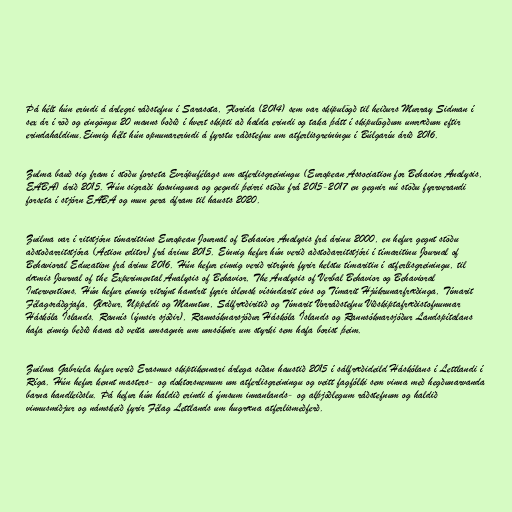
Þá hélt hún erindi á árlegri ráðstefnu í Sarasota, Florida (2014) sem var skipulögð til heiðurs Murray Sidman í
sex ár í röð og eingöngu 20 manns boðið í hvert skipti að halda erindi og taka þátt í skipulögðum umræðum eftir
erindahaldinu.Einnig hélt hún opnunarerindi á fyrstu ráðstefnu um atferlisgreiningu í Búlgaríu árið 2016.

Zulma bauð sig fram í stöðu forseta Evrópufélags um atferlisgreiningu (European Association for Behavior Analysis,
EABA) árið 2015. Hún sigraði kosninguna og gegndi þeirri stöðu frá 2015-2017 en gegnir nú stöðu fyrrverandi
forseta í stjórn EABA og mun gera áfram til hausts 2020.

Zuilma var í ritstjórn tímaritsins European Journal of Behavior Analysis frá árinu 2000, en hefur gegnt stöðu
aðstoðarritstjóra (Action editor) frá árinu 2015. Einnig hefur hún verið aðstoðarritstjóri í tímaritinu Journal of
Behavioral Education frá árinu 2016. Hún hefur einnig verið ritrýnir fyrir helstu tímaritin í atferlisgreiningu, til
dæmis Journal of the Experimental Analysis of Behavior, The Analysis of Verbal Behavior og Behavioral
Interventions. Hún hefur einnig ritrýnt handrit fyrir íslensk vísindarit eins og Tímarit Hjúkrunarfræðinga, Tímarit
Félagsráðgjafa, Glæður, Uppeldi og Manntun, Sálfræðiritið og Tímarit Vorráðstefnu Viðskiptafræðistofnunnar
Háskóla Íslands. Rannís (ýmsir sjóðir), Rannsóknarsjóður Háskóla Íslands og Rannsóknarsjóður Landspítalans
hafa einnig beðið hana að veita umsagnir um umsóknir um styrki sem hafa borist þeim.

Zuilma Gabriela hefur verið Erasmus skiptikennari árlega síðan haustið 2015 í sálfræðideild Háskólans í Lettlandi í
Ríga. Hún hefur kennt masters- og doktorsnemum um atferlisgreiningu og veitt fagfólki sem vinna með hegðunarvanda
barna handleiðslu. Þá hefur hún haldið erindi á ýmsum innanlands- og alþjóðlegum ráðstefnum og haldið
vinnusmiðjur og námskeið fyrir Félag Lettlands um hugræna atferlismeðferð.